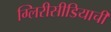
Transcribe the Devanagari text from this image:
ग्लिरीसीडियाची